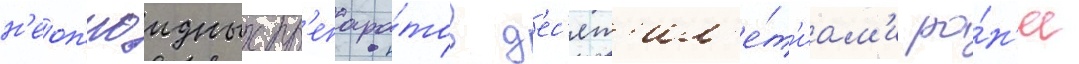
н'еоп'иоидных пр'епара́тов д'ес'ят'ил'е́т'иам'и ра́н'ее